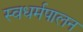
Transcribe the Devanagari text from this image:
स्वधर्मपालन